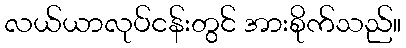
လယ်ယာလုပ်ငန်းတွင် အားစိုက်သည်။